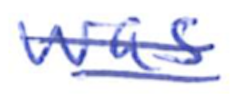
Text: was
Cross-out: double-line
Writing tool: ballpoint